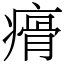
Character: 㾶